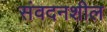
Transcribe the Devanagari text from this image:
संवदनशील